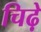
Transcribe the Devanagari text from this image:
चिढ़े